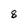
Character: 8